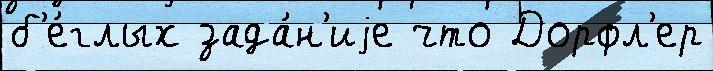
б'е́глых зада́н'иjе что Дорфл'ер